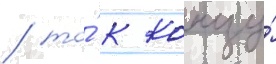
/ то́ к концу́